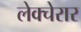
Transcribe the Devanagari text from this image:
लेक्चेरार